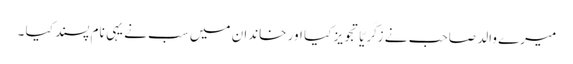
میرے والد صاحب نے زَکَرِیّا تجویز کیا اور خاندان میں سب نے یہی نام پسند کیا ۔